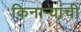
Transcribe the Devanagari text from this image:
किनाऱ्यांची